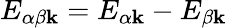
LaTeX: E_{\alpha\beta\mathbf{k}}=E_{\alpha\mathbf{k}}-E_{\beta\mathbf{k}}